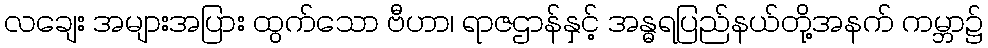
လချေး အများအပြား ထွက်သော ဗီဟာ၊ ရာဇဌာန်နှင့် အန္ဓရပြည်နယ်တို့အနက် ကမ္ဘာ၌